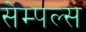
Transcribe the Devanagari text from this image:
सेम्पल्स